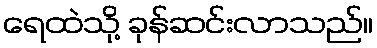
ရေထဲသို့ ခုန်ဆင်းလာသည်။